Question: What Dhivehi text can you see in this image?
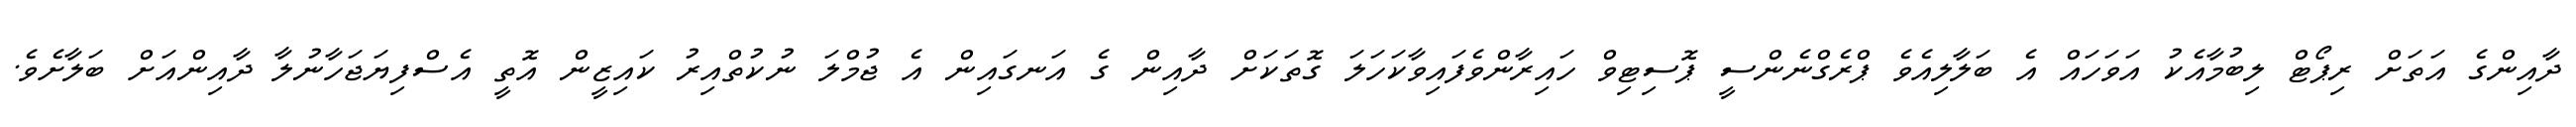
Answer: ދާއިންގެ އަތަށް ރިޕޯޓް ލިބުމާއެކު އަވަހައް އެ ބަލާލިއެވެ ޕްރެގްނެންސީ ޕޮސިޓިވް ހައިރާންވެފައިވާކަހަލަ ގޮތަކަށް ދާއިން ގެ އަނގައިން އެ ޖުމްލަ ނުކުތްއިރު ކައިޒީން އޮތީ އެސްފިޔަޖަހާނުލާ ދާއިންއަށް ބަލާށެވެ.